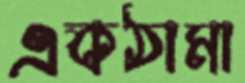
একঠামা